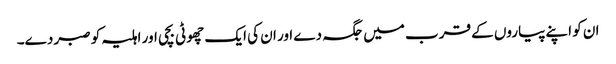
ان کو اپنے پیاروں کے قرب میں جگہ دے اور ان کی ایک چھوٹی بچی اور اہلیہ کو صبر دے۔